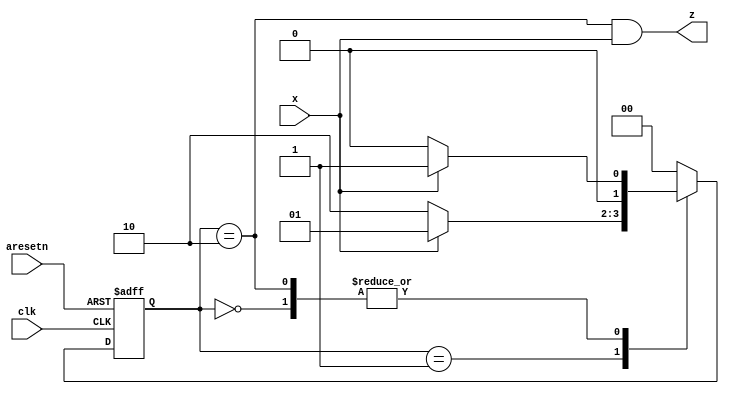
module top_module (
    input                   clk     ,
    input                   aresetn ,
    input                   x       ,
    output                  z
);

    parameter   ST_1 = 0,
                ST_2 = 1,
                ST_3 = 2;

    reg         [1 : 0]     curr_state, next_state;

    always @ (posedge clk, negedge aresetn) begin
        if (!aresetn)   curr_state <= ST_1;
        else            curr_state <= next_state;
    end

    always @ (*) begin
        case (curr_state)
            ST_1    : next_state = x ? ST_2 : ST_1;
            ST_2    : next_state = x ? ST_2 : ST_3;
            ST_3    : next_state = x ? ST_2 : ST_1;
            default : next_state = ST_1;
        endcase
    end

    assign z = (curr_state == ST_3) & x;

endmodule